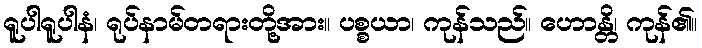
ရူပါရူပါနံ၊ ရုပ်နာမ်တရားတို့အား။ ပစ္စယာ၊ ကုန်သည်။ ဟောန္တိ၊ ကုန်၏။